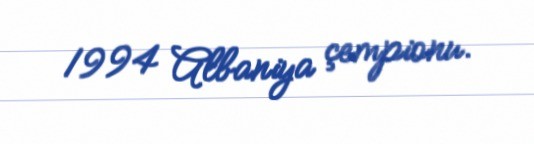
1994 Albaniya çempionu.